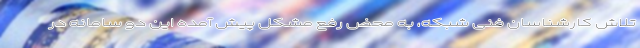
تلاش کارشناسان فنی شبکه، به محض رفع مشکل پیش آمده این دو سامانه در